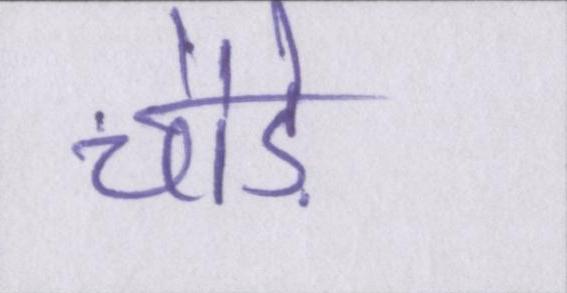
चौड़े